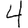
Digit: 4